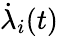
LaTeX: \dot{\lambda}_{i}(t)